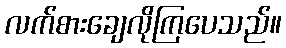
လက်စားချေလိုကြပေသည်။